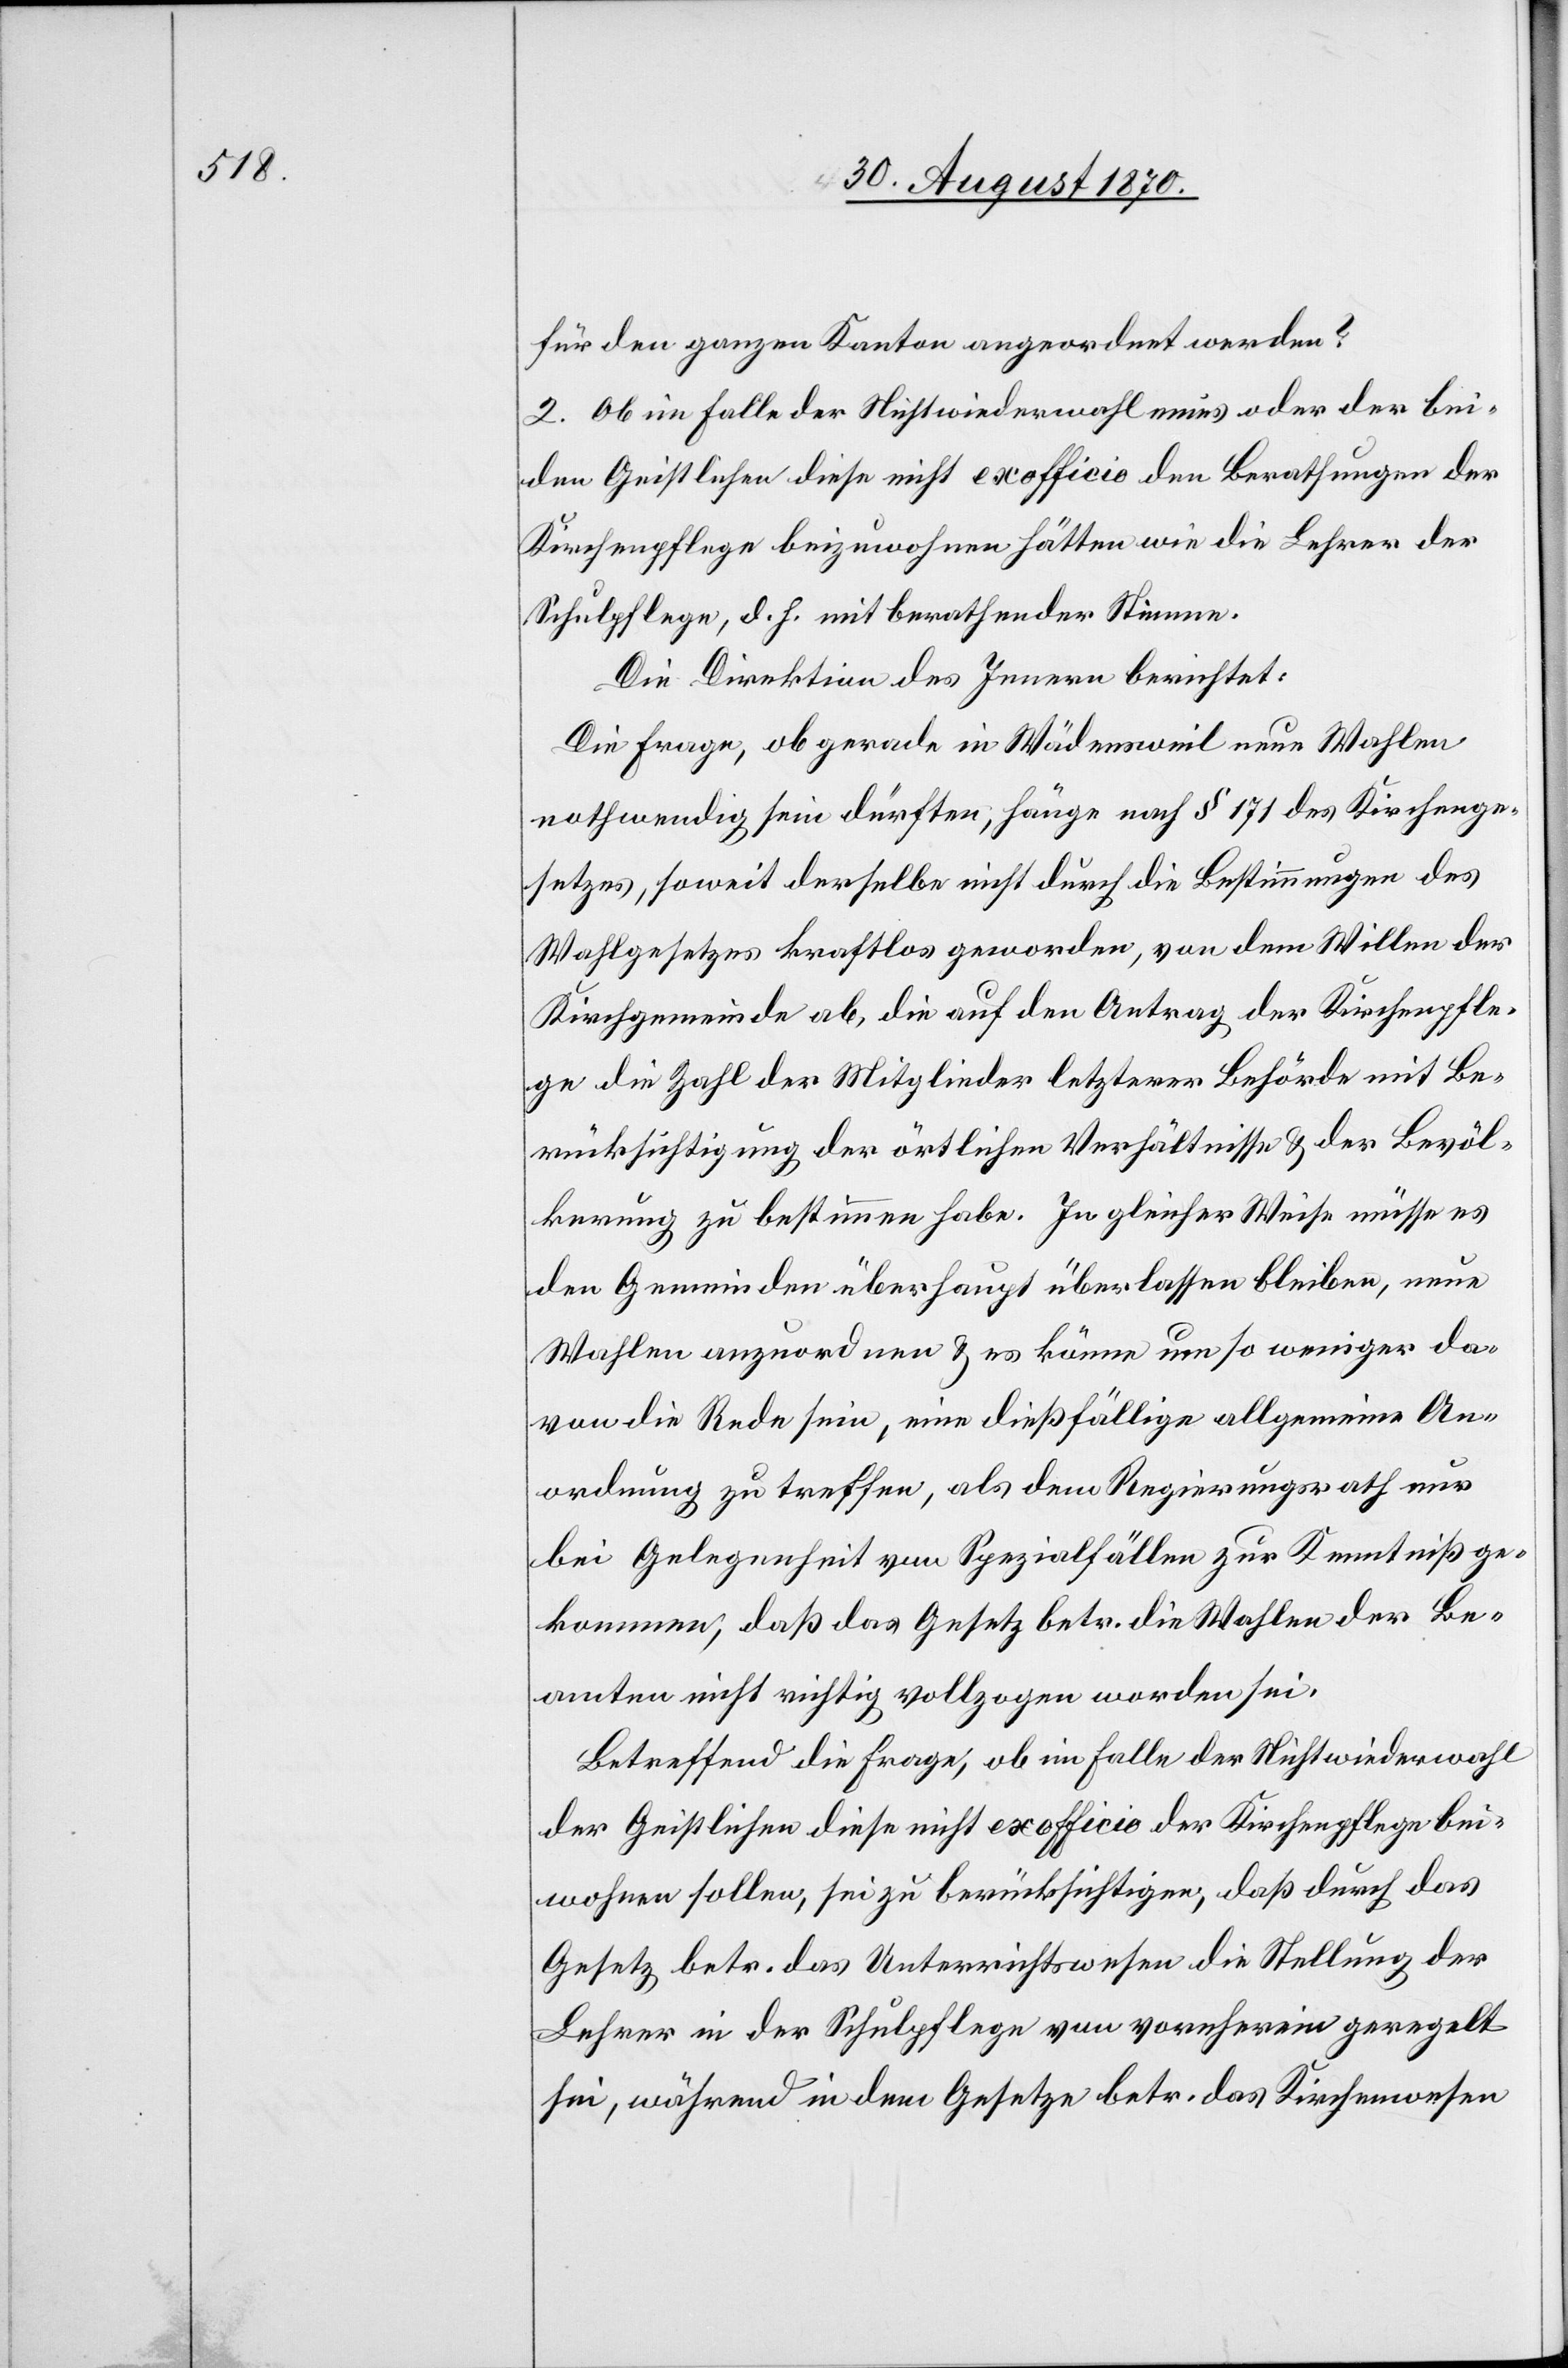
für den ganzen Kanton angeordnet werden?
2. Ob im Falle der Nichtwiederwahl eines oder der bei¬
den Geistlichen diese nicht ex officio den Berathungen der
Kirchenpflege beizuwohnen hätten wie die Lehrer der
Schulpflege, d. h. mit berathender Stimme.
Die Direktion des Innern berichtet:
Die Frage, ob gerade in Wädensweil neue Wahlen
nothwendig sein dürften, hänge nach § 171 des Kirchenge¬
setzes, soweit derselbe nicht durch die Bestimmungen des
Wahlgesetzes kraftlos geworden, von dem Willen der
Kirchgemeinde ab, die auf den Antrag der Kirchenpfle¬
ge die Zahl der Mitglieder letzterer Behörde mit Be¬
rücksichtigung der örtlichen Verhältnisse & der Bevöl¬
kerung zu bestimmen habe. In gleicher Weise müsse es
den Gemeinden überhaupt überlassen bleiben, neue
Wahlen anzuordnen & es könne um so weniger da¬
von die Rede sein, eine dießfällige allgemeine An¬
ordnung zu treffen, als dem Regierungsrath nur
bei Gelegenheit von Spezialfällen zur Kenntniß ge¬
kommen, daß das Gesetz betr. die Wahlen der Be¬
amten nicht richtig vollzogen worden sei.
Betreffend die Frage, ob im Falle der Nichtwiederwahl
der Geistlichen diese nicht ex officio der Kirchenpflege bei¬
wohnen sollen, sei zu berücksichtigen, daß durch das
Gesetz betr. das Unterrichtswesen die Stellung der
Lehrer in der Schulpflege von vornherein geregelt
sei, während in dem Gesetze betr. das Kirchenwesen